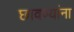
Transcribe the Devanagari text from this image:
छावण्यांना